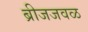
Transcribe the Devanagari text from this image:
ब्रीजजवळ